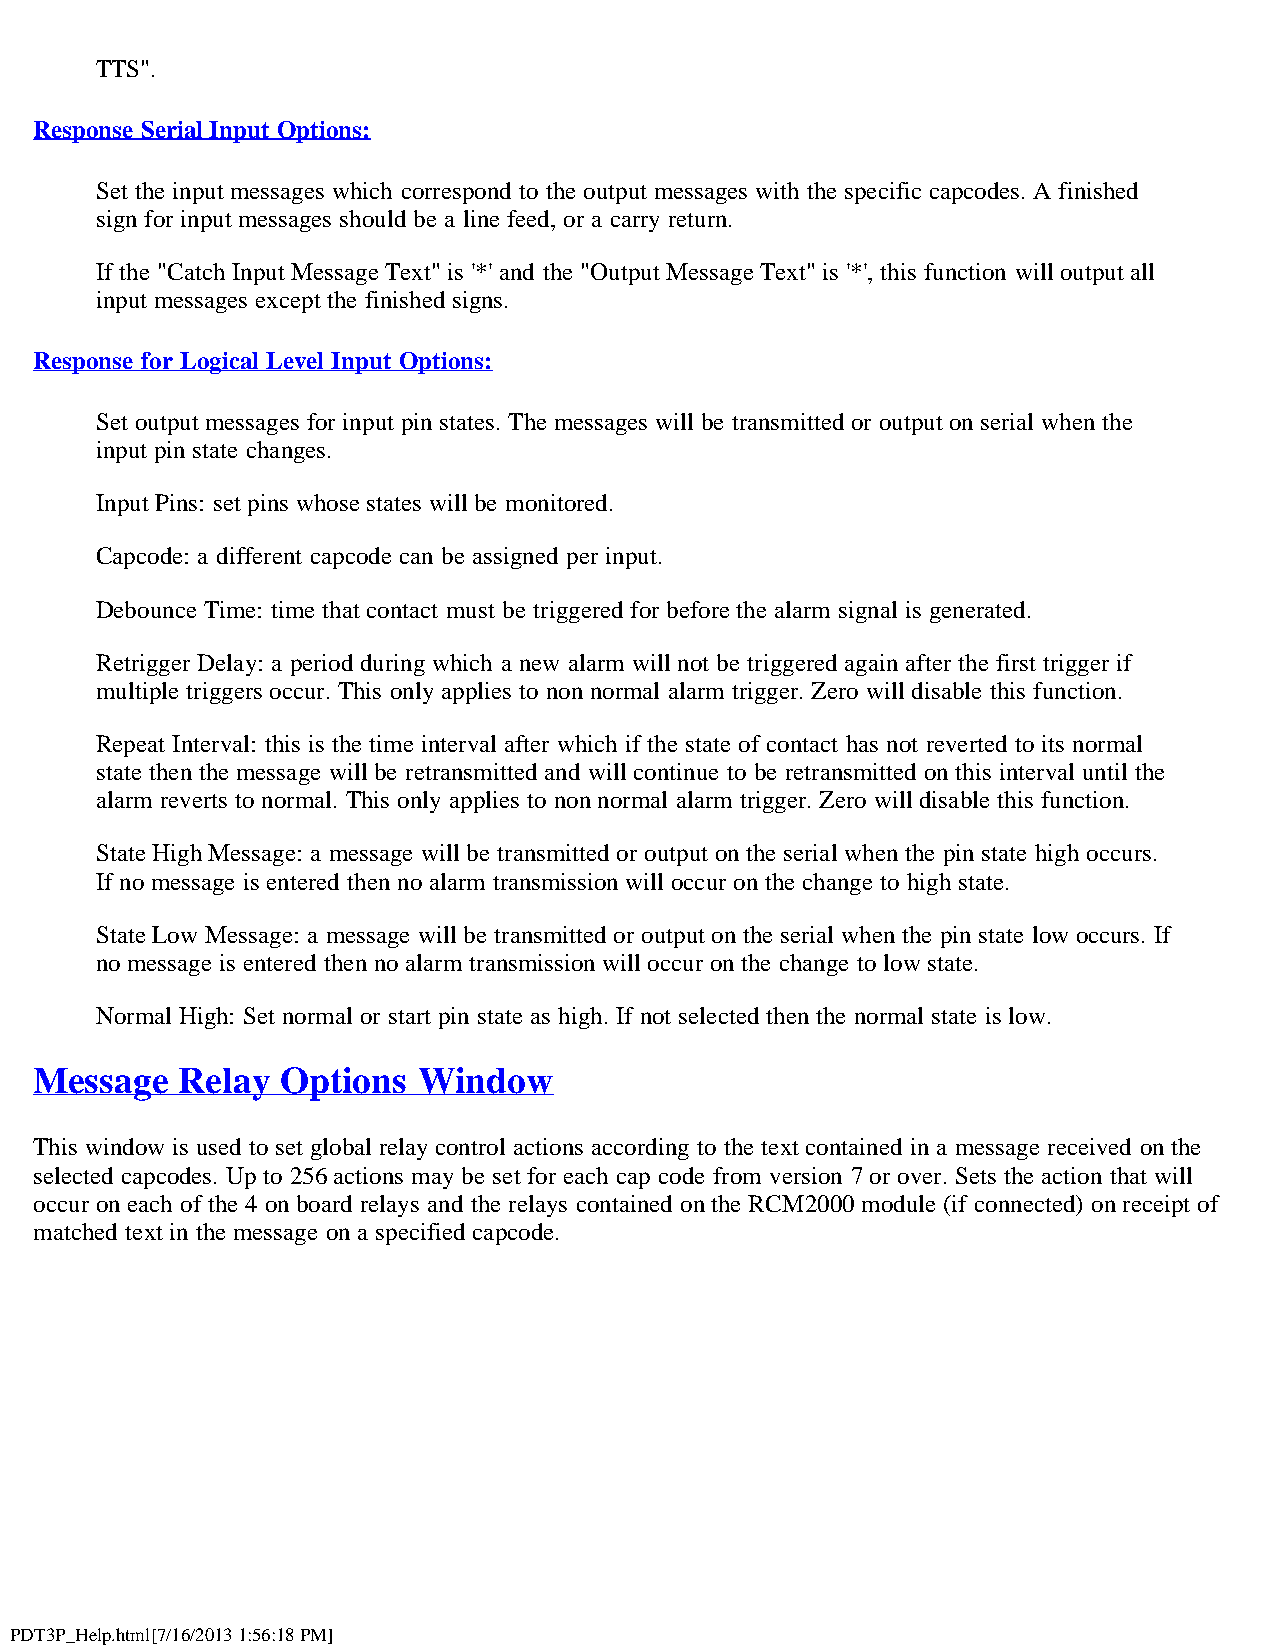
TTS".
 Response Serial Input Options:
 Set the input messages which correspond to the output messages with the specific capcodes. A finished
 sign for input messages should be a line feed, or a carry return.
 If the "Catch Input Message Text" is '*' and the "Output Message Text" is '*', this function will output all
 input messages except the finished signs.
 Response for Logical Level Input Options:
 Set output messages for input pin states. The messages will be transmitted or output on serial when the
 input pin state changes.
 Input Pins: set pins whose states will be monitored.
 Capcode: a different capcode can be assigned per input.
 Debounce Time: time that contact must be triggered for before the alarm signal is generated.
 Retrigger Delay: a period during which a new alarm will not be triggered again after the first trigger if
 multiple triggers occur. This only applies to non normal alarm trigger. Zero will disable this function.
 Repeat Interval: this is the time interval after which if the state of contact has not reverted to its normal
 state then the message will be retransmitted and will continue to be retransmitted on this interval until the
 alarm reverts to normal. This only applies to non normal alarm trigger. Zero will disable this function.
 State High Message: a message will be transmitted or output on the serial when the pin state high occurs.
 If no message is entered then no alarm transmission will occur on the change to high state.
 State Low Message: a message will be transmitted or output on the serial when the pin state low occurs. If
 no message is entered then no alarm transmission will occur on the change to low state.
 Normal High: Set normal or start pin state as high. If not selected then the normal state is low.
 Message   Relay  Options  Window
 This window is used to set global relay control actions according to the text contained in a message received on the
 selected capcodes. Up to 256 actions may be set for each cap code from version 7 or over. Sets the action that will
 occur on each of the 4 on board relays and the relays contained on the RCM2000 module (if connected) on receipt of
 matched text in the message on a specified capcode.
 PDT3P_Help.html[7/16/2013 1:56:18 PM]